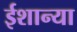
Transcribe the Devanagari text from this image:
ईशान्या